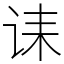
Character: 诔